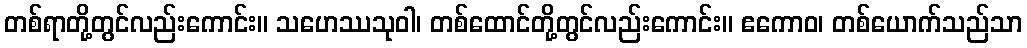
တစ်ရာတို့တွင်လည်းကောင်း။ သဟေဿသုဝါ၊ တစ်ထောင်တို့တွင်လည်းကောင်း။ ဧကောဝ၊ တစ်ယောက်သည်သာ